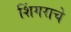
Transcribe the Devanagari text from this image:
शिंगराचे